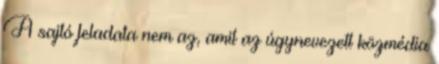
A sajtó feladata nem az, amit az úgynevezett közmédia